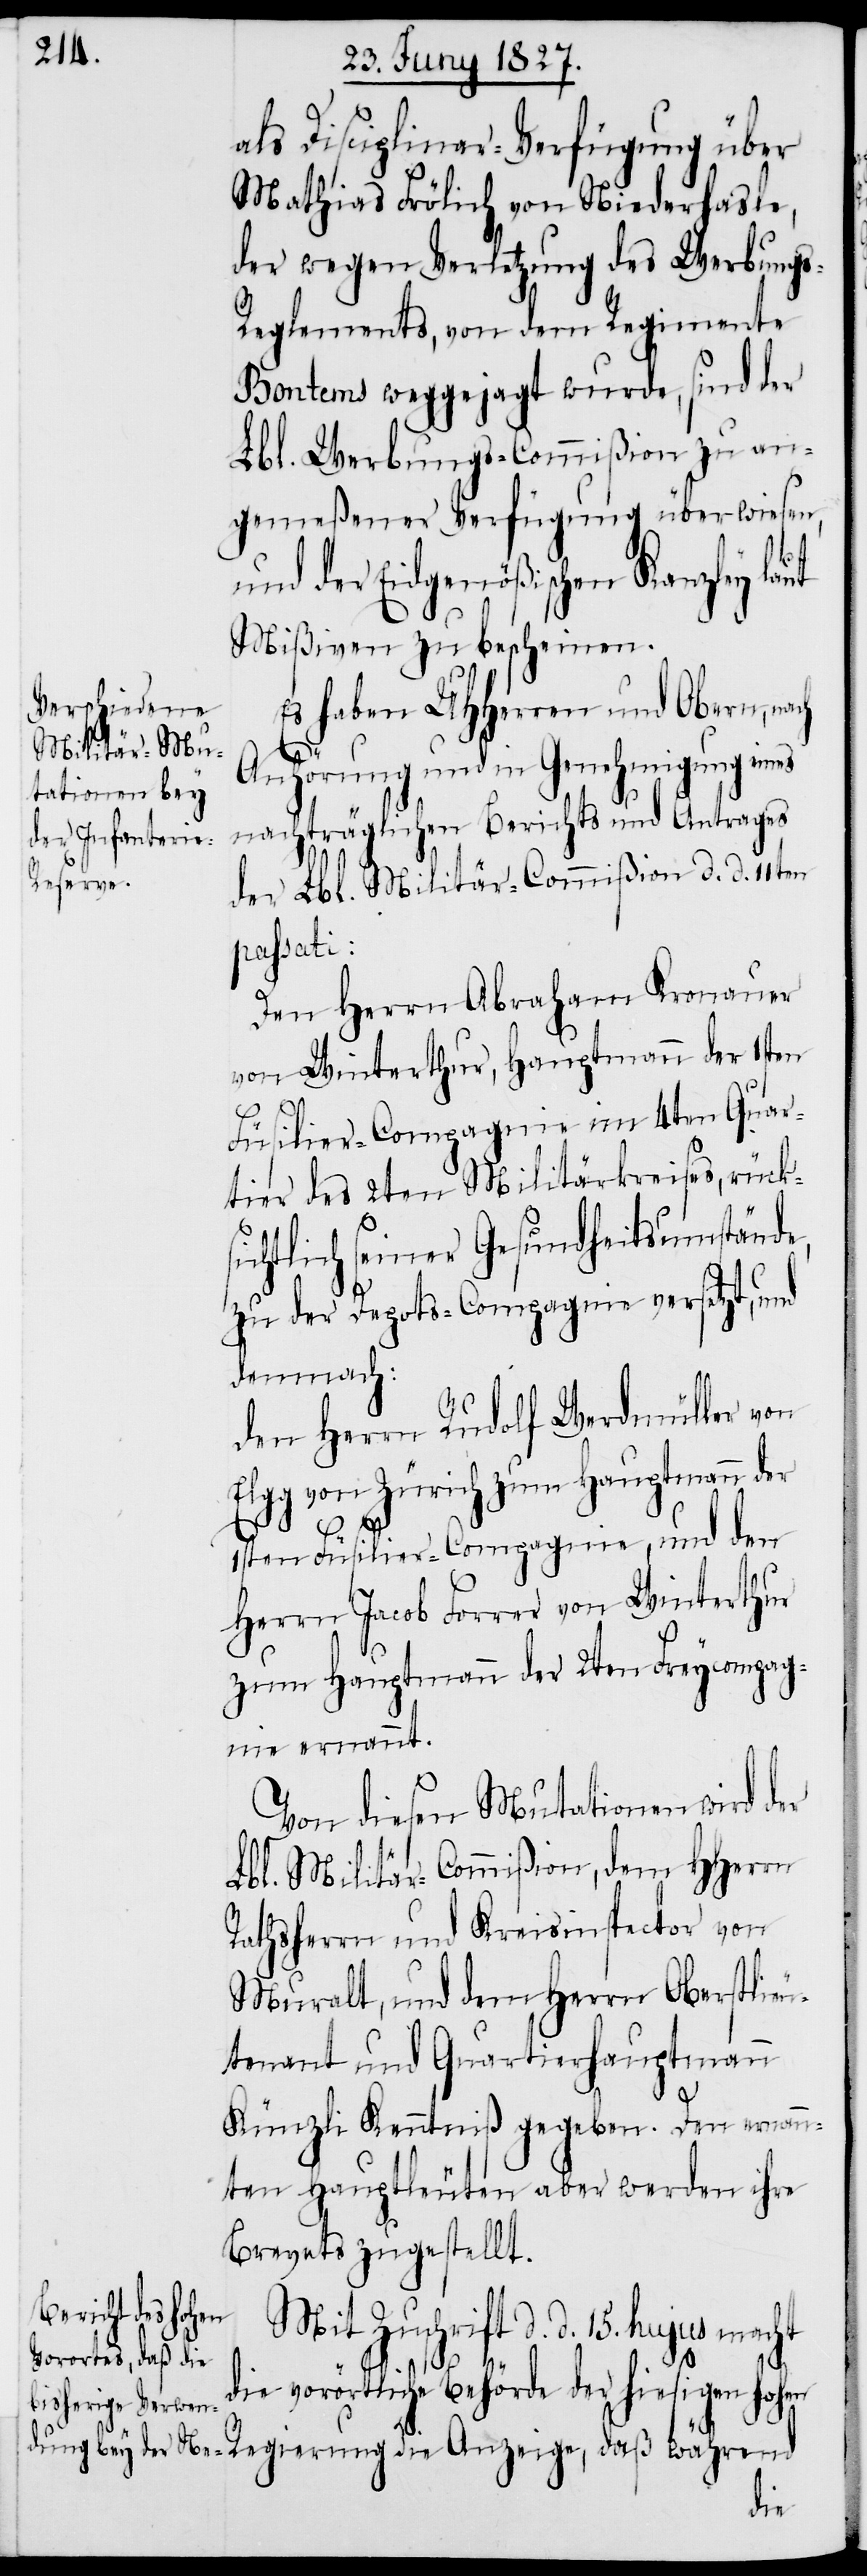
Es haben UHHerren und Obern, nach
Anhörung und in Genehmigung eines
nachträglichen Berichts und Antrages
der Lbl. Militär-Commißion d. d. 11ten
passati:
Den Herrn Abraham Kronauer
von Winterthur, Hauptmann der 1sten
Füsilier-Compagnie im 4ten Quar¬
tier des 2ten Militärkreises, rücks¬
ichtlich seiner Gesundheitsumstände,
zu der Depots-Compagnie versetzt, und
demnach:
den Herrn Rudolf Werdmüller von
Elgg von Zürich zum Hauptmann der
1sten Füsilier-Compagnie, und den
Herrn Jacob Forrer von Winterthur
zum Hauptmann der 2ten Freycompag¬
nie ernannt.
Von diesen Mutationen wird der
Lbl. Militär-Commißion, dem HHerrn
Rathsherrn und Kreisinspector von
Muralt, und dem Herrn Oberstlieu¬
tenant und Quartierhauptmann
Künzli Kenntniß gegeben. Den ernann¬
ten Hauptleuten aber werden ihre
Brevets zugestellt.
Mit Zuschrift d. d. 15. hujus macht
die vorörtliche Behörde der hiesigen hohen
die